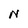
Character: N